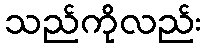
သည်ကိုလည်း